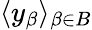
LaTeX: \langle y_{\beta}\rangle_{\beta\in B}